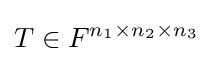
T\in F^{n_{1}\times n_{2}\times n_{3}}